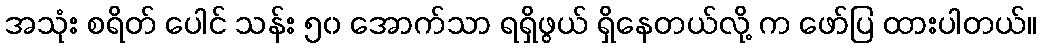
အသုံး စရိတ် ပေါင် သန်း ၅၀ အောက်သာ ရရှိဖွယ် ရှိနေတယ်လို့ က ဖော်ပြ ထားပါတယ်။